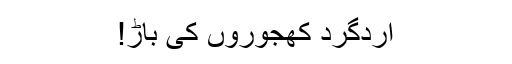
اردگرد کھجوروں کی باڑ!